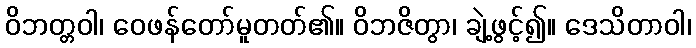
ဝိဘတ္တဝါ၊ ဝေဖန်တော်မူတတ်၏။ ဝိဘဇိတွာ၊ ချဲ့ဖွင့်၍။ ဒေသိတာဝါ၊